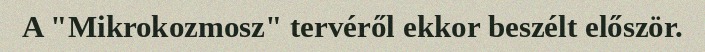
A "Mikrokozmosz" tervéről ekkor beszélt először.